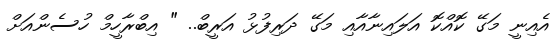
އެއިނީ މަގޭ ކޮއްކޮ އަލައިނާއާއި މަގޭ ދަރިފުޅު އަރީބް.. " އިބްރާހީމް ހުސެންއަށް